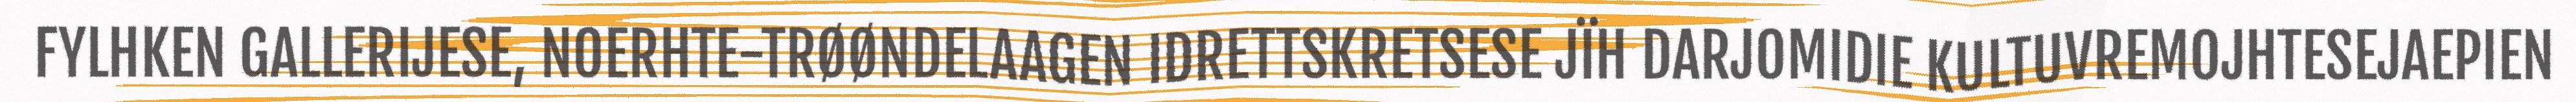
FYLHKEN GALLERIJESE, NOERHTE-TRØØNDELAAGEN IDRETTSKRETSESE JÏH DARJOMIDIE KULTUVREMOJHTESEJAEPIEN